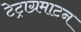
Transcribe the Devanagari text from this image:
टेट्राग्रमाटन